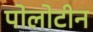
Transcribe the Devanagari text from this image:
पोलोटीन